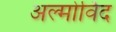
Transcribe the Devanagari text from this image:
अल्मोर्विद